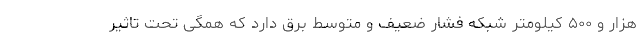
هزار و ۵۰۰ کیلومتر شبکه فشار ضعیف و متوسط برق دارد که همگی تحت تاثیر